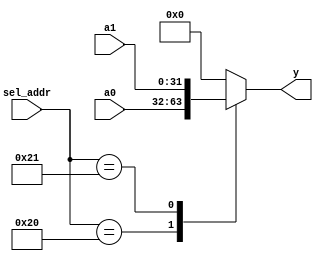
module io_input_mux(a0,a1,sel_addr,y);  
	input  [31:0] a0,a1;  
	input  [ 5:0] sel_addr;  
	output  [31:0] y;  
	reg  [31:0]  y;  
	
	always @ *   
		case (sel_addr)    
			6'b100000: y = a0;    
			6'b100001: y = a1; 
			// more ports    
			default: y = 32'h0;   
		endcase 
endmodule